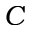
C